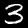
Label: 3